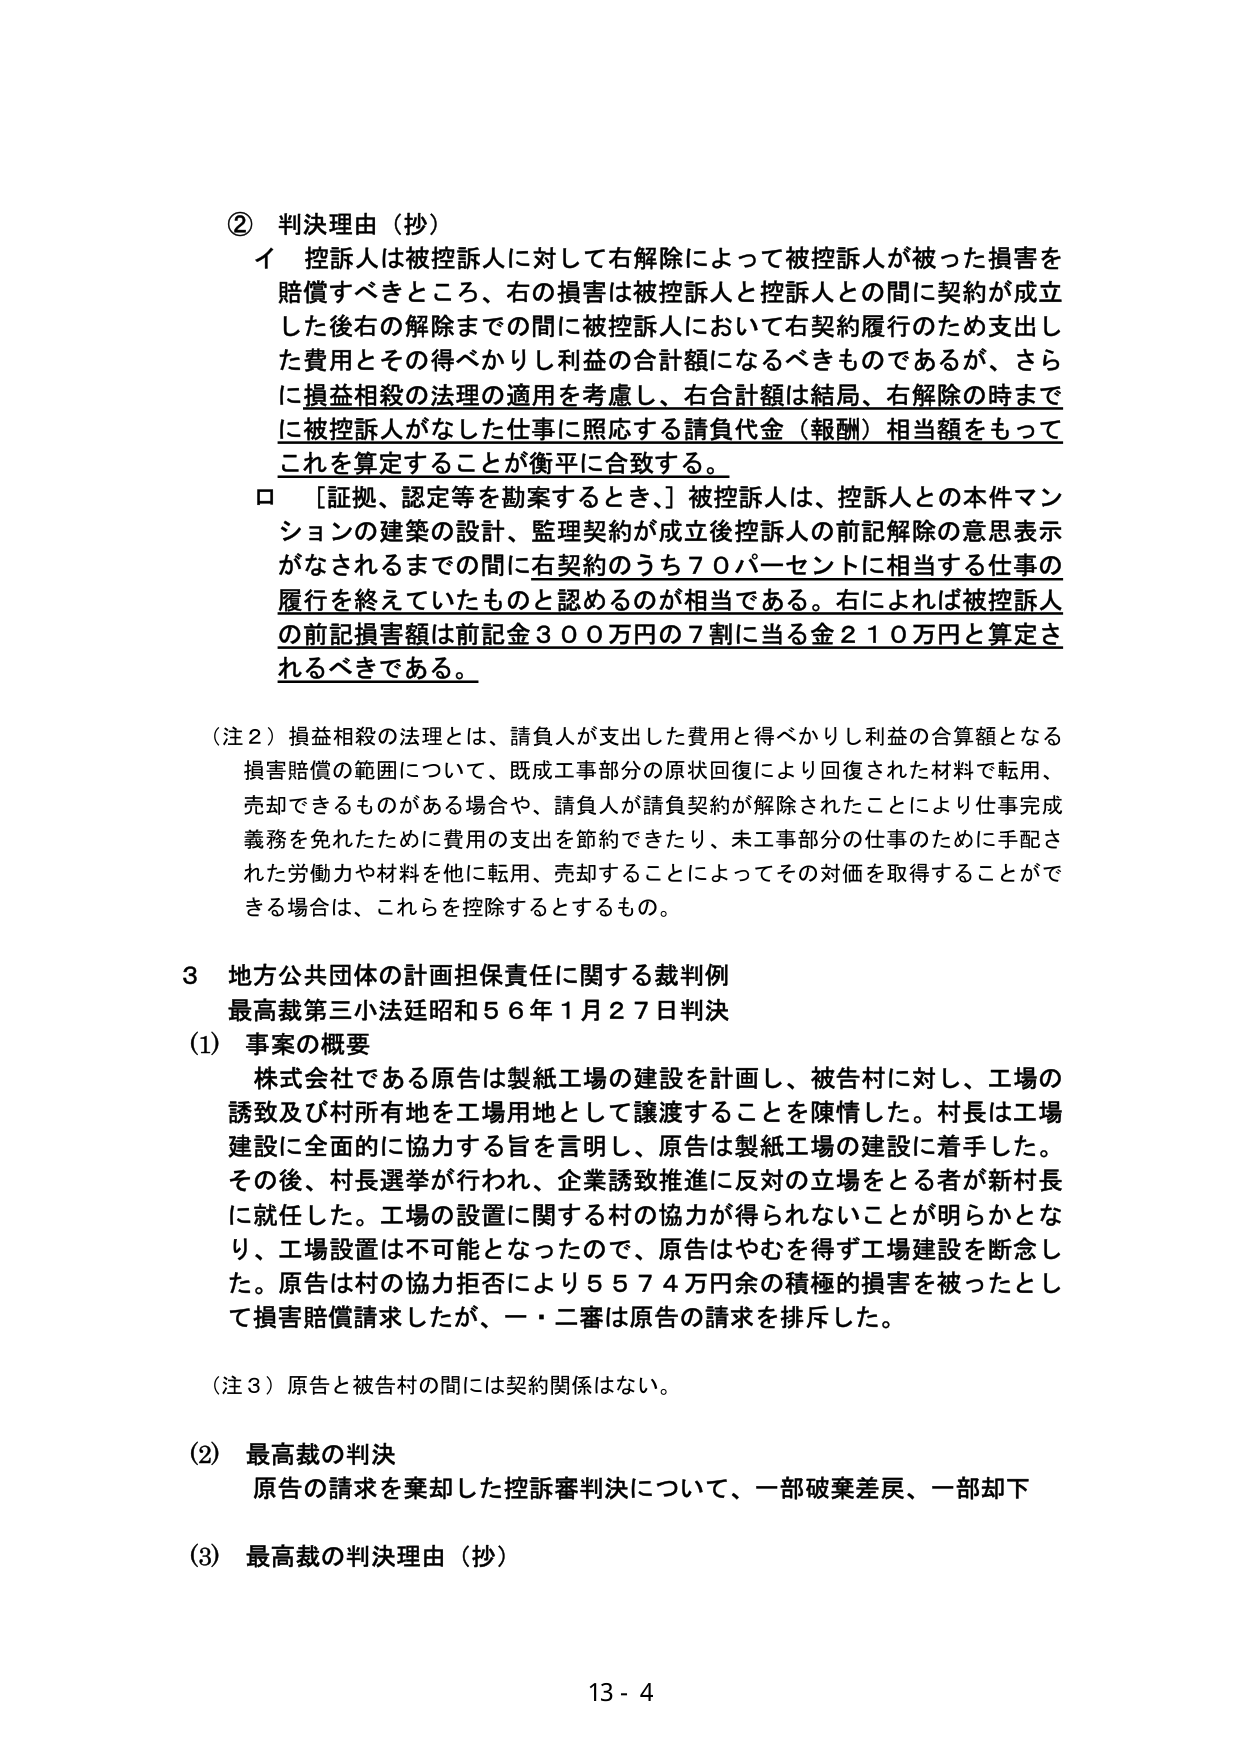
② 判決理由（抄）
イ 控訴人は被控訴人に対して右解除によって被控訴人が被った損害を
賠償すべきところ、右の損害は被控訴人と控訴人との間に契約が成立
した後右の解除までの間に被控訴人において右契約履行のため支出し
た費用とその得べかりし利益の合計額になるべきものであるが、さら
に損益相殺の法理の適用を考慮し、右合計額は結局、右解除の時まで
に被控訴人がなした仕事に照応する請負代金（報酬）相当額をもって
これを算定することが衡平に合致する。
ロ ［証拠、認定等を勘案するとき、］被控訴人は、控訴人との本件マン
ションの建築の設計、監理契約が成立後控訴人の前記解除の意思表示
がなされるまでの間に右契約のうち７０パーセントに相当する仕事の
履行を終えていたものと認めるのが相当である。右によれば被控訴人
の前記損害額は前記金３００万円の７割に当る金２１０万円と算定さ
れるべきである。

（注２）損益相殺の法理とは、請負人が支出した費用と得べかりし利益の合算額となる
損害賠償の範囲について、既成工事部分の原状回復により回復された材料で転用、
売却できるものがある場合や、請負人が請負契約が解除されたことにより仕事完成
義務を免れたために費用の支出を節約できたり、未工事部分の仕事のために手配さ
れた労働力や材料を他に転用、売却することによってその対価を取得することができ
る場合は、これらを控除するとするもの。

３ 地方公共団体の計画担保責任に関する裁判例
最高裁第三小法廷昭和５６年１月２７日判決
（1） 事案の概要
株式会社である原告は製紙工場の建設を計画し、被告村に対し、工場の
誘致及び村所有地を工場用地として譲渡することを陳情した。村長は工場
建設に全面的に協力する旨を言明し、原告は製紙工場の建設に着手した。
その後、村長選挙が行われ、企業誘致推進に反対の立場をとる者が新村長
に就任した。工場の設置に関する村の協力が得られないことが明らかとな
り、工場設置は不可能となったので、原告はやむを得ず工場建設を断念し
た。原告は村の協力拒否により５５７４万円余の積極的損害を被ったとし
て損害賠償請求したが、一・二審は原告の請求を排斥した。

（注３）原告と被告村の間には契約関係はない。

（2） 最高裁の判決
原告の請求を棄却した控訴審判決について、一部破棄差戻、一部却下

（3） 最高裁の判決理由（抄）

13 - 4